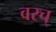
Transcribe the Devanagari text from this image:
वरच्